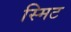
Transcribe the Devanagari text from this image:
स्मिट